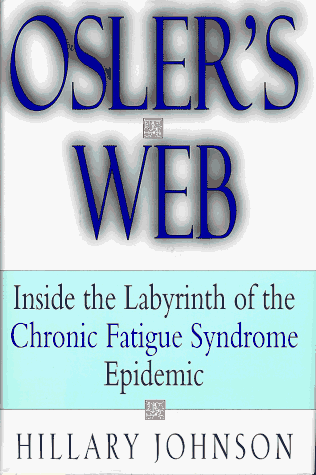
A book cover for Osler's Web: Inside the Labyrinth of the Chronic Fatigue Syndrome Epidemic; Hillary Johnson; Health, Fitness & Dieting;